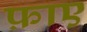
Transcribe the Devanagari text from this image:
फ़ाए